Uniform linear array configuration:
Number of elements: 48
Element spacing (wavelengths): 0.75
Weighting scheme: hamming
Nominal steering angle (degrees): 45
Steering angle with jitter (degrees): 45.176
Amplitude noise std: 0.05
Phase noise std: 0.05

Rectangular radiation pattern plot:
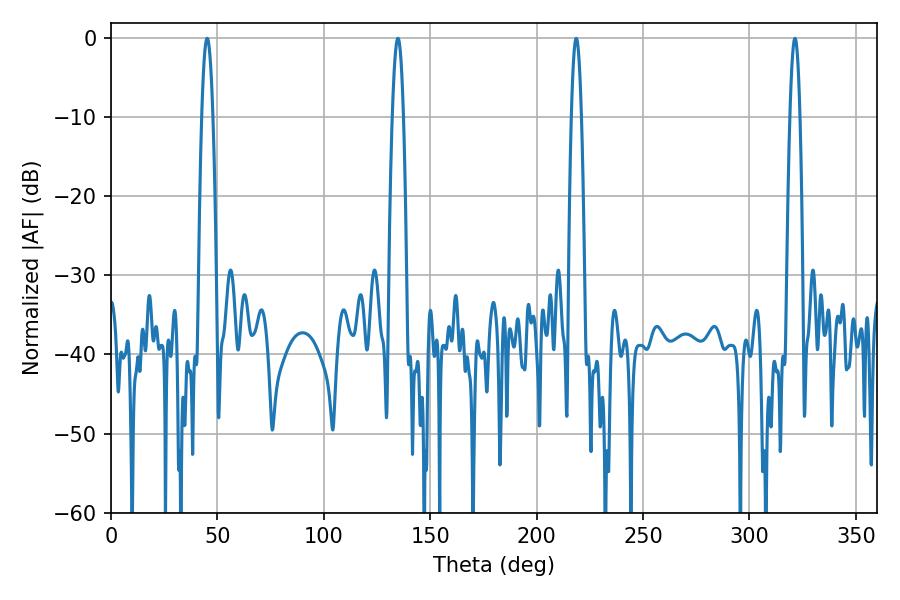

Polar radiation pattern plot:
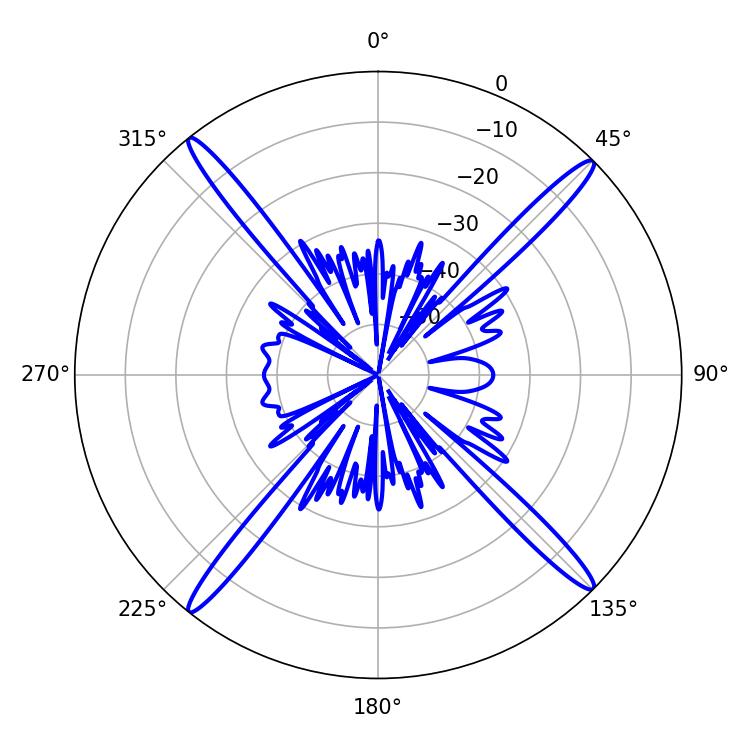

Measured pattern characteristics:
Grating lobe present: TRUE
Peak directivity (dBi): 20.928
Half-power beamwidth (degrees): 2.88
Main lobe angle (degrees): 134.82